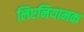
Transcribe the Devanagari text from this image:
लिएनियामक